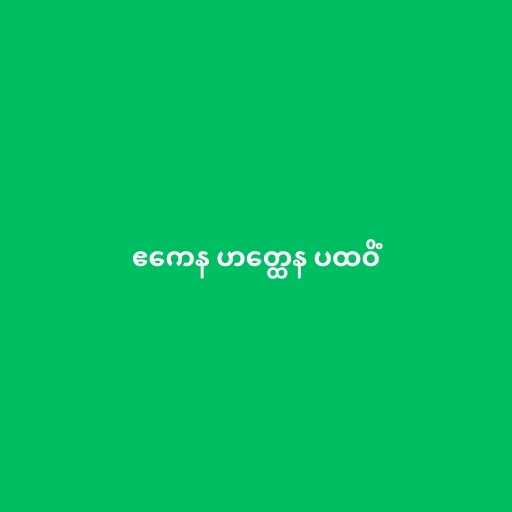
ဧကေန ဟတ္ထေန ပထဝိံ